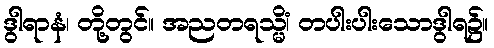
ဒွါရာနံ၊ တို့တွင်။ အညတရသ္မိံ၊ တပါးပါးသောဒွါရ၌။